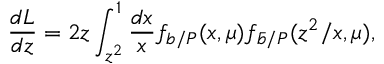
\frac { d L } { d z } = 2 z \int _ { z ^ { 2 } } ^ { 1 } \frac { d x } { x } f _ { b / P } ( x , \mu ) f _ { \bar { b } / P } ( z ^ { 2 } / x , \mu ) ,